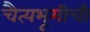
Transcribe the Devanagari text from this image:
चैत्यभूमीची